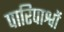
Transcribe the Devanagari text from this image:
पारिपाश्वों